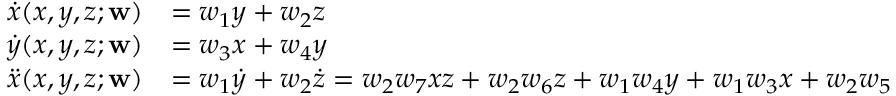
\begin{array} { r l } { \dot { x } ( x , y , z ; \mathbf { w } ) } & { = w _ { 1 } y + w _ { 2 } z } \\ { \dot { y } ( x , y , z ; \mathbf { w } ) } & { = w _ { 3 } x + w _ { 4 } y } \\ { \ddot { x } ( x , y , z ; \mathbf { w } ) } & { = w _ { 1 } \dot { y } + w _ { 2 } \dot { z } = w _ { 2 } w _ { 7 } x z + w _ { 2 } w _ { 6 } z + w _ { 1 } w _ { 4 } y + w _ { 1 } w _ { 3 } x + w _ { 2 } w _ { 5 } } \end{array}